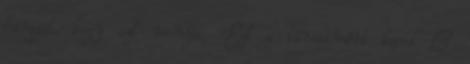
hangját, hogy azt mondja. -Ezt a társaimért kapod. –